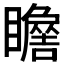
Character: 𱳖